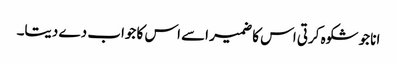
انا جو شکوہ کرتی اس کا ضمیر اسے اس کا جواب دے دیتا۔